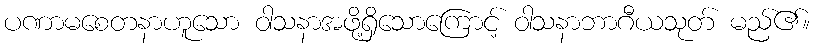
ပဏာမစေတနာဟူသော ဝါသနာအဖို့ရှိသောကြောင့် ဝါသနာဘာဂီယသုတ် မည်၏။